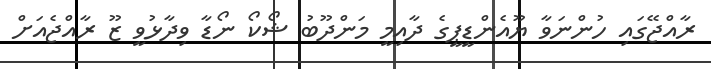
ރާއްޖޭގައި ހުންނަވާ ޔޫއެންޑީޕީގެ ދާއިމީ މަންދޫބު ޝޯކޯ ނޯޑާ ވިދާޅުވީ ޒޫ ރާއްޖެއަށް